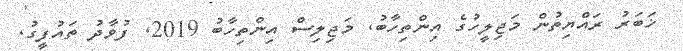
ޚަބަރު ރައްޔިތުން މަޖިލީހުގެ އިންތިހާބު